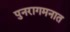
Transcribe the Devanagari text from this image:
पुनरागमनात